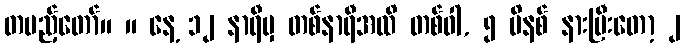
တပည့်တော်။ ။ နေ့ ၁၂ နာရီမှ တစ်နာရီအထိ တစ်ဝါ, ၅ မိနစ် နားပြီးတော့ ၂